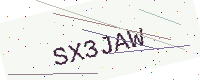
Text: SX3JAW